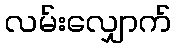
လမ်းလျှောက်